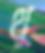
থু